Annual report of the Punjab Veterinary College and of the Civil Veterinary Department, Punjab - 1894-1908
Year: 1894
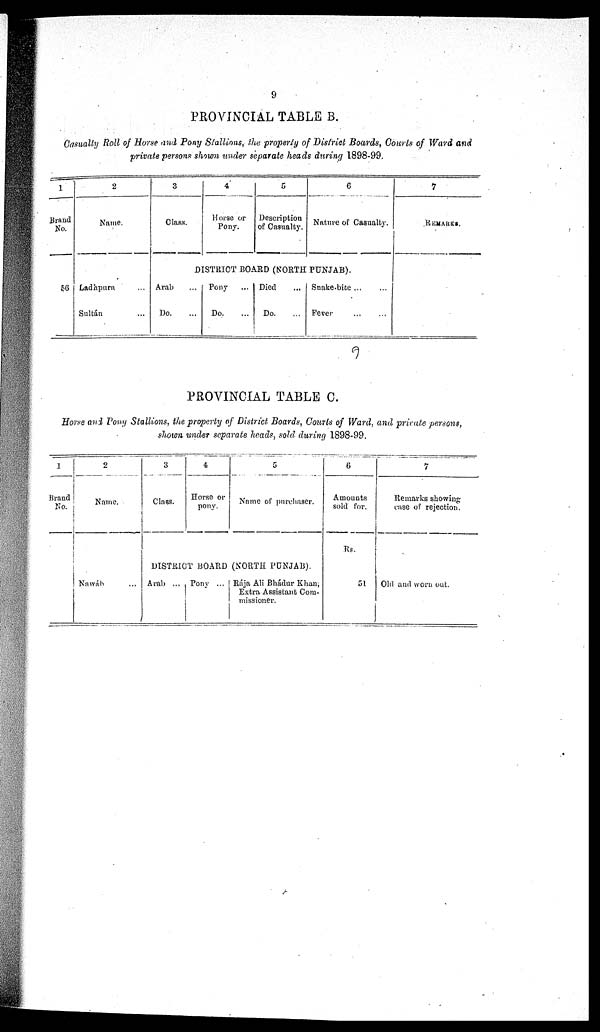
9
PROVINCIAL TABLE B.
Casually Roll of Horse and Pony Stallions, the property of District Boards, Courts of Ward and
private persons shown under separate heads during 1898-99.
1
Brand
No.
56
2
Name.
Ladhpura ...
Sultán ...
3
Class.
4
Horse or
Pony.
5
Description
of Casualty.
6
Nature of Casualty.
DISTRICT BOARD (NORTH PUNJAB).
Arab ...
Do. ...
Pony ...
Do. ...
Died ...
Do. ...
Snake-bite ... ...
Fever
...
...
7
REMARKS.
PROVINCIAL TABLE C.
Horse and Pony Stallions, the property of District Boards, Courts of Ward, and private persons,
shown under separate heads, sold during 1898-99.
1
Brand
No.
2
Name.
Nawáh ...
3
Class.
4
Horse or
pony.
5
Name of pnrehaser.
DISTRICT BOARD (NORTH PUNJAB).
Arab ... Pony ... Rája Ali Bhádur Khan,
Extra Assistant Com-
missioner.
6
Amounts
sold for.
Rs.
51
7
Remarks showing
case of rejection.
Old and worn out.